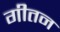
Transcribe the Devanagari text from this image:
गीतन